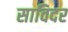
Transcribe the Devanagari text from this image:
साविदर